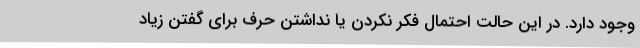
وجود دارد. در این حالت احتمال فکر نکردن یا نداشتن حرف برای گفتن زیاد